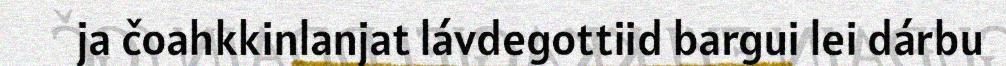
ja čoahkkinlanjat lávdegottiid bargui lei dárbu